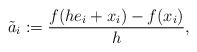
LaTeX: \begin{align*}\tilde a_i:=\frac{f(he_i+x_i)-f(x_i)}{h},\end{align*}